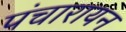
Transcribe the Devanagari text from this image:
पंचारायन